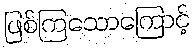
ဖြစ်ကြသောကြောင့်